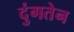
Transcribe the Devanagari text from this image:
दुंगतेन